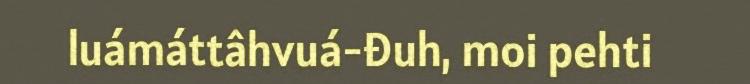
luámáttâhvuá-đuh, moi pehti